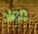
مواد